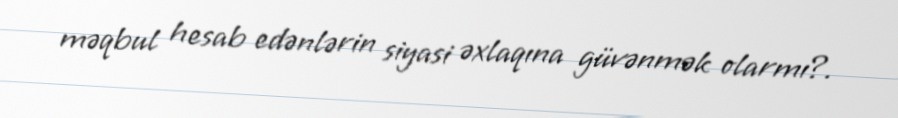
məqbul hesab edənlərin siyasi əxlaqına güvənmək olarmı?.